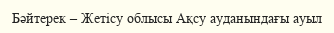
Бәйтерек – Жетісу облысы Ақсу ауданындағы ауыл